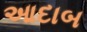
આદાબ